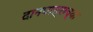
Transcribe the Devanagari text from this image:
दानपात्राच्या